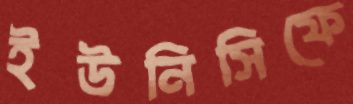
ইউনিসিফে